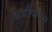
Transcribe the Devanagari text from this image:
केबीपीएस्‌